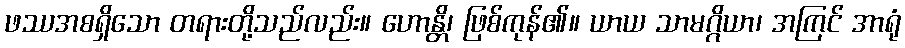
ဖဿအစရှိသော တရားတို့သည်လည်း။ ဟောန္တိ၊ ဖြစ်ကုန်၏။ ယာယ သာမဂ္ဂိယာ၊ အကြင် အာရုံ